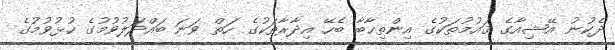
ދެކުނު އޭޝިއާގެ ޤައުމުތަކުގެ އިންތިޚާބާ ބެހޭ އިދާރާތަކުގެ ހަތް ވަނަ ބައްދަލުވުމުގެ ހުޅުވުމުގެ